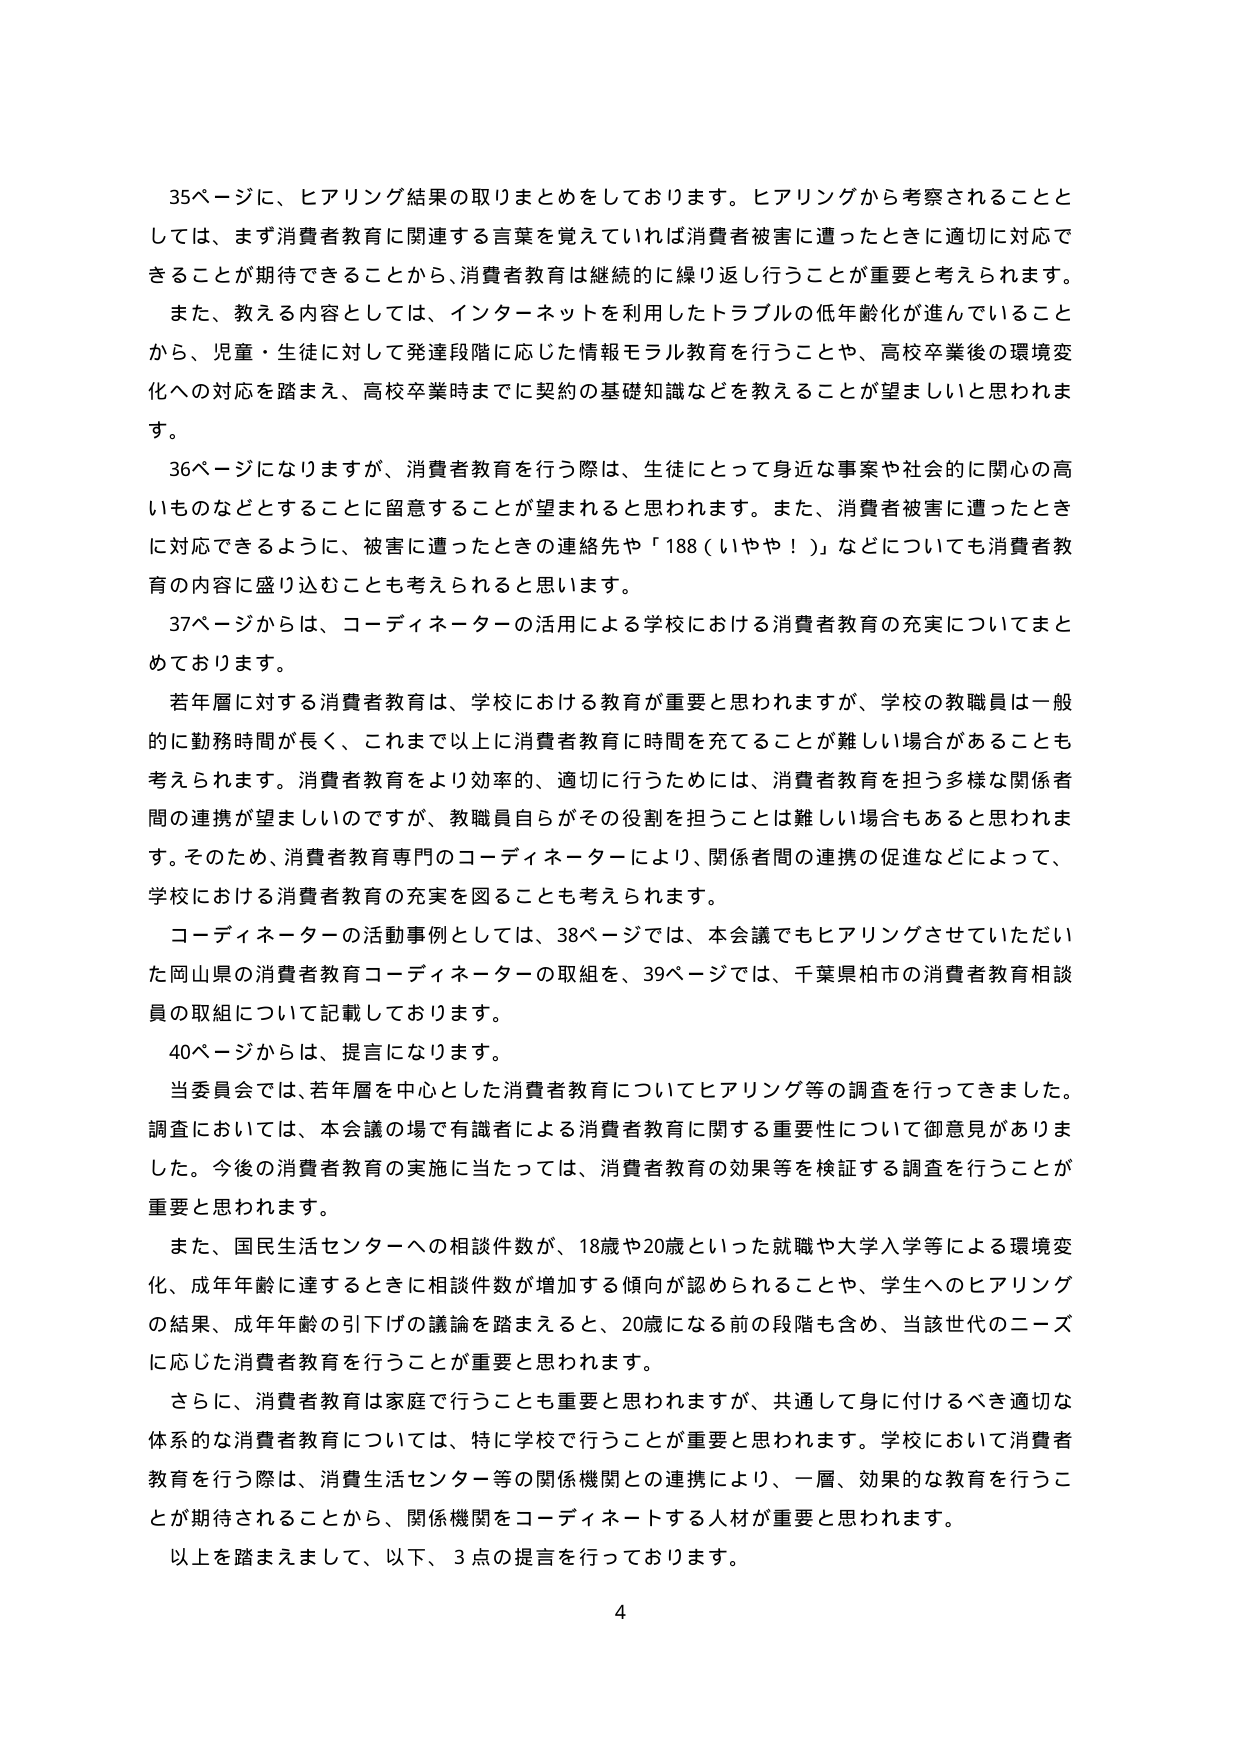
35ページに、ヒアリング結果の取りまとめをしております。ヒアリングから考察されることとしては、まず消費者教育に関連する言葉を覚えていれば消費者被害に遭ったときに適切に対応できることが期待できることから、消費者教育は継続的に繰り返し行うことが重要と考えられます。また、教える内容としては、インターネットを利用したトラブルの低年齢化が進んでいることから、児童・生徒に対して発達段階に応じた情報モラル教育を行うことや、高校卒業後の環境変化への対応を踏まえ、高校卒業時までに契約の基礎知識などを教えることが望ましいと思われます。

36ページになりますが、消費者教育を行う際は、生徒にとって身近な事案や社会的に関心の高いものなどとすることに留意することが望まれると思われます。また、消費者被害に遭ったときに対応できるように、被害に遭ったときの連絡先や「188（いやや！）」などについても消費者教育の内容に盛り込むことも考えられると思います。

37ページからは、コーディネーターの活用による学校における消費者教育の充実についてまとめております。

若年層に対する消費者教育は、学校における教育が重要と思われますが、学校の教職員は一般的に勤務時間が長く、これまで以上に消費者教育に時間を充てることが難しい場合があることも考えられます。消費者教育をより効率的、適切に行うためには、消費者教育を担う多様な関係者間の連携が望ましいのですが、教職員自らがその役割を担うことは難しい場合もあると思われます。そのため、消費者教育専門のコーディネーターにより、関係者間の連携の促進などによって、学校における消費者教育の充実を図ることも考えられます。

コーディネーターの活動事例としては、38ページでは、本会議でもヒアリングさせていただいた岡山県の消費者教育コーディネーターの取組を、39ページでは、千葉県柏市の消費者教育相談員の取組について記載しております。

40ページからは、提言になります。

当委員会では、若年層を中心とした消費者教育についてヒアリング等の調査を行ってきました。調査においては、本会議の場で有識者による消費者教育に関する重要性について御意見がありました。今後の消費者教育の実施に当たっては、消費者教育の効果等を検証する調査を行うことが重要と思われます。

また、国民生活センターへの相談件数が、18歳や20歳といった就職や大学入学等による環境変化、成年年齢に達するときに相談件数が増加する傾向が認められることや、学生へのヒアリングの結果、成年年齢の引下げの議論を踏まえると、20歳になる前の段階も含め、当該世代のニーズに応じた消費者教育を行うことが重要と思われます。

さらに、消費者教育は家庭で行うことも重要と思われますが、共通して身に付けるべき適切な体系的な消費者教育については、特に学校で行うことが重要と思われます。学校において消費者教育を行う際は、消費生活センター等の関係機関との連携により、一層、効果的な教育を行うことが期待されることから、関係機関をコーディネートする人材が重要と思われます。

以上を踏まえまして、以下、3点の提言を行っております。

4